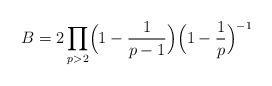
LaTeX: \begin{align*}B=2\prod_{p>2}\Bigl(1-\frac{1}{p-1}\Bigr)\Bigl(1-\frac{1}{p}\Bigr)^{-1}\end{align*}